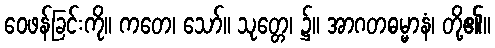
ဝေဖန်ခြင်းကို။ ကတေ၊ သော်။ သုတ္တေ၊ ၌။ အာဂတဓမ္မာနံ၊ တို့၏။